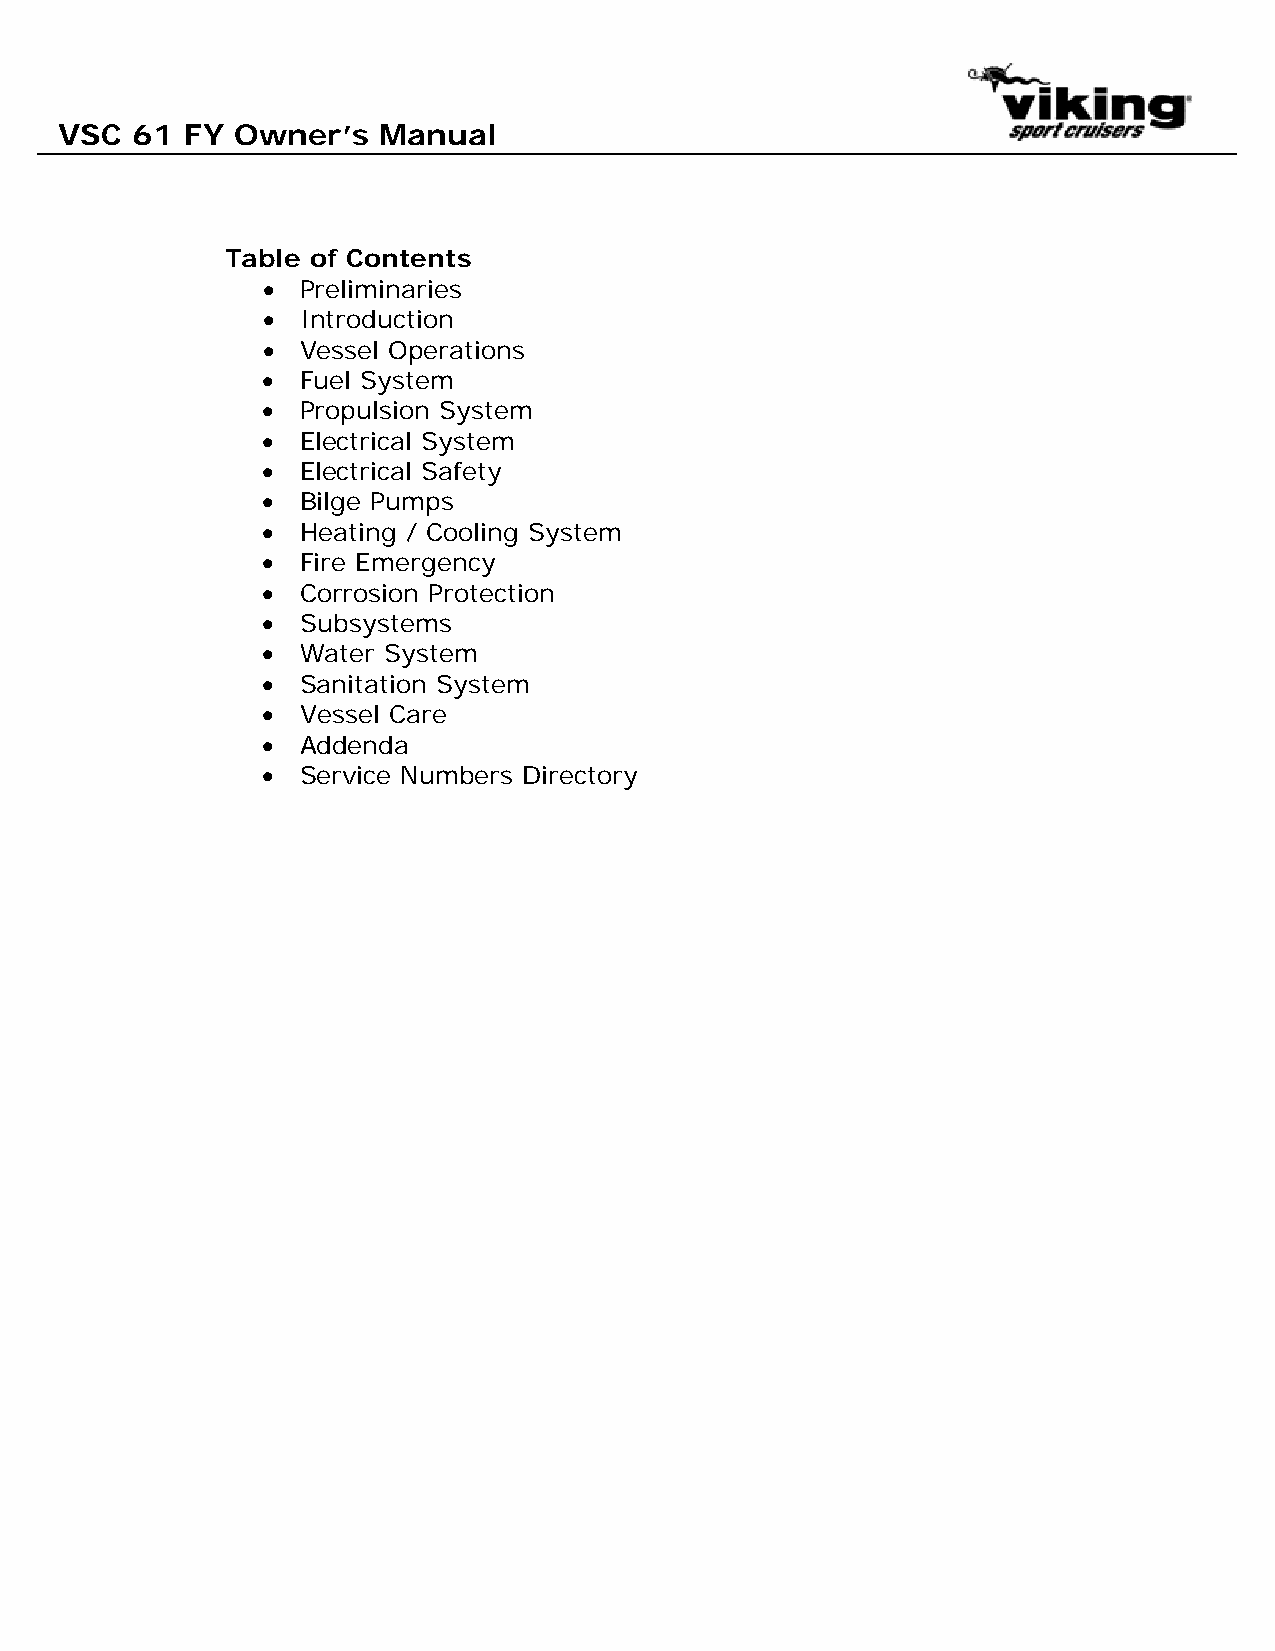
VSC  61 FY Owner’s   Manual
 Table of Contents
 •  Preliminaries
 •  Introduction
 •  Vessel Operations
 •  Fuel System
 •  Propulsion System
 •  Electrical System
 •  Electrical Safety
 •  Bilge Pumps
 •  Heating / Cooling System
 •  Fire Emergency
 •  Corrosion Protection
 •  Subsystems
 •  Water System
 •  Sanitation System
 •  Vessel Care
 •  Addenda
 •  Service Numbers Directory